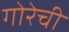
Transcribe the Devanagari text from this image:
गोरेची